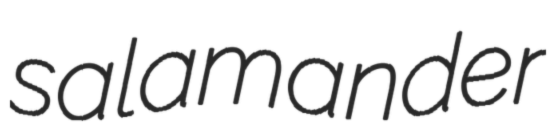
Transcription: salamander